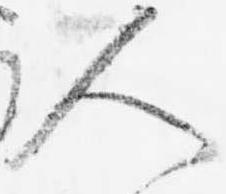
人